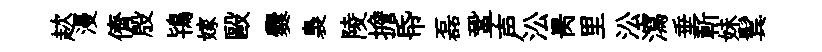
趑漫儕殷鴇嫁毆爨裊陵擔帋磊鞏声㳂昺里㳂瀉垂斬妹鬂